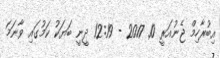
އިބުރާހިމް ޖެނުއަރީ 10